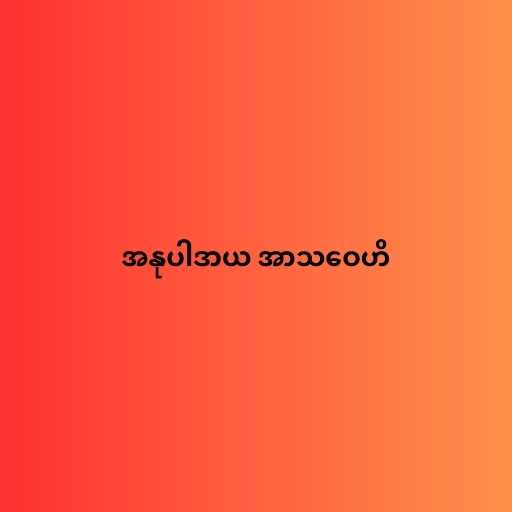
အနုပါဒာယ အာသဝေဟိ